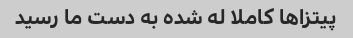
پیتزاها کاملا له شده به دست ما رسید